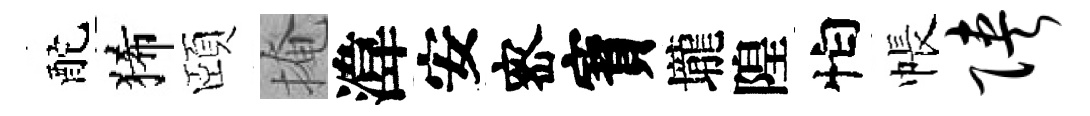
酡狶頤掩湋安宻寳壠隍怕帳陕